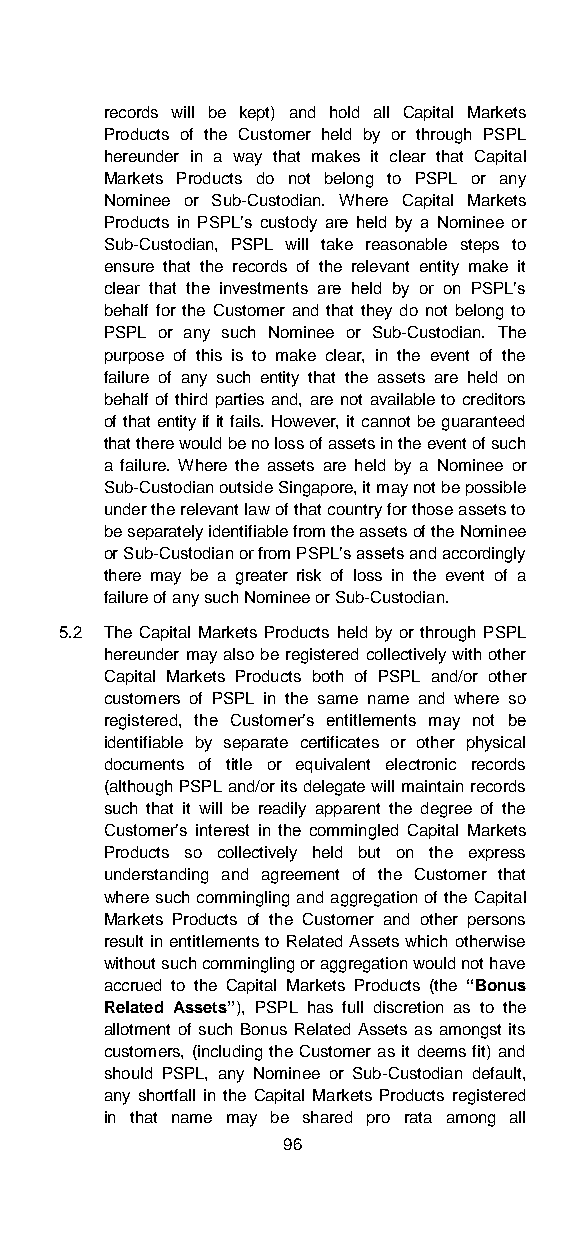
records will be kept) and hold all Capital Markets
 Products of the Customer held by or through PSPL
 hereunder in a way that makes it clear that Capital
 Markets Products do not belong to PSPL or any
 Nominee or Sub-Custodian. Where Capital Markets
 Products in PSPL’s custody are held by a Nominee or
 Sub-Custodian, PSPL will take reasonable steps to
 ensure that the records of the relevant entity make it
 clear that the investments are held by or on PSPL’s
 behalf for the Customer and that they do not belong to
 PSPL or any such Nominee or Sub-Custodian. The
 purpose of this is to make clear, in the event of the
 failure of any such entity that the assets are held on
 behalf of third parties and, are not available to creditors
 of that entity if it fails. However, it cannot be guaranteed
 that there would be no loss of assets in the event of such
 a failure. Where the assets are held by a Nominee or
 Sub-Custodian outside Singapore, it may not be possible
 under the relevant law of that country for those assets to
 be separately identifiable from the assets of the Nominee
 or Sub-Custodian or from PSPL’s assets and accordingly
 there may be a greater risk of loss in the event of a
 failure of any such Nominee or Sub-Custodian.
 5.2 The Capital Markets Products held by or through PSPL
 hereunder may also be registered collectively with other
 Capital Markets Products both of PSPL and/or other
 customers of PSPL in the same name and where so
 registered, the Customer’s entitlements may not be
 identifiable by separate certificates or other physical
 documents of title or equivalent electronic records
 (although PSPL and/or its delegate will maintain records
 such that it will be readily apparent the degree of the
 Customer’s interest in the commingled Capital Markets
 Products so collectively held but on the express
 understanding and agreement of the Customer that
 where such commingling and aggregation of the Capital
 Markets Products of the Customer and other persons
 result in entitlements to Related Assets which otherwise
 without such commingling or aggregation would not have
 accrued to the Capital Markets Products (the “Bonus
 Related Assets”), PSPL has full discretion as to the
 allotment of such Bonus Related Assets as amongst its
 customers, (including the Customer as it deems fit) and
 should PSPL, any Nominee or Sub-Custodian default,
 any shortfall in the Capital Markets Products registered
 in that name may be shared pro rata among all
 96